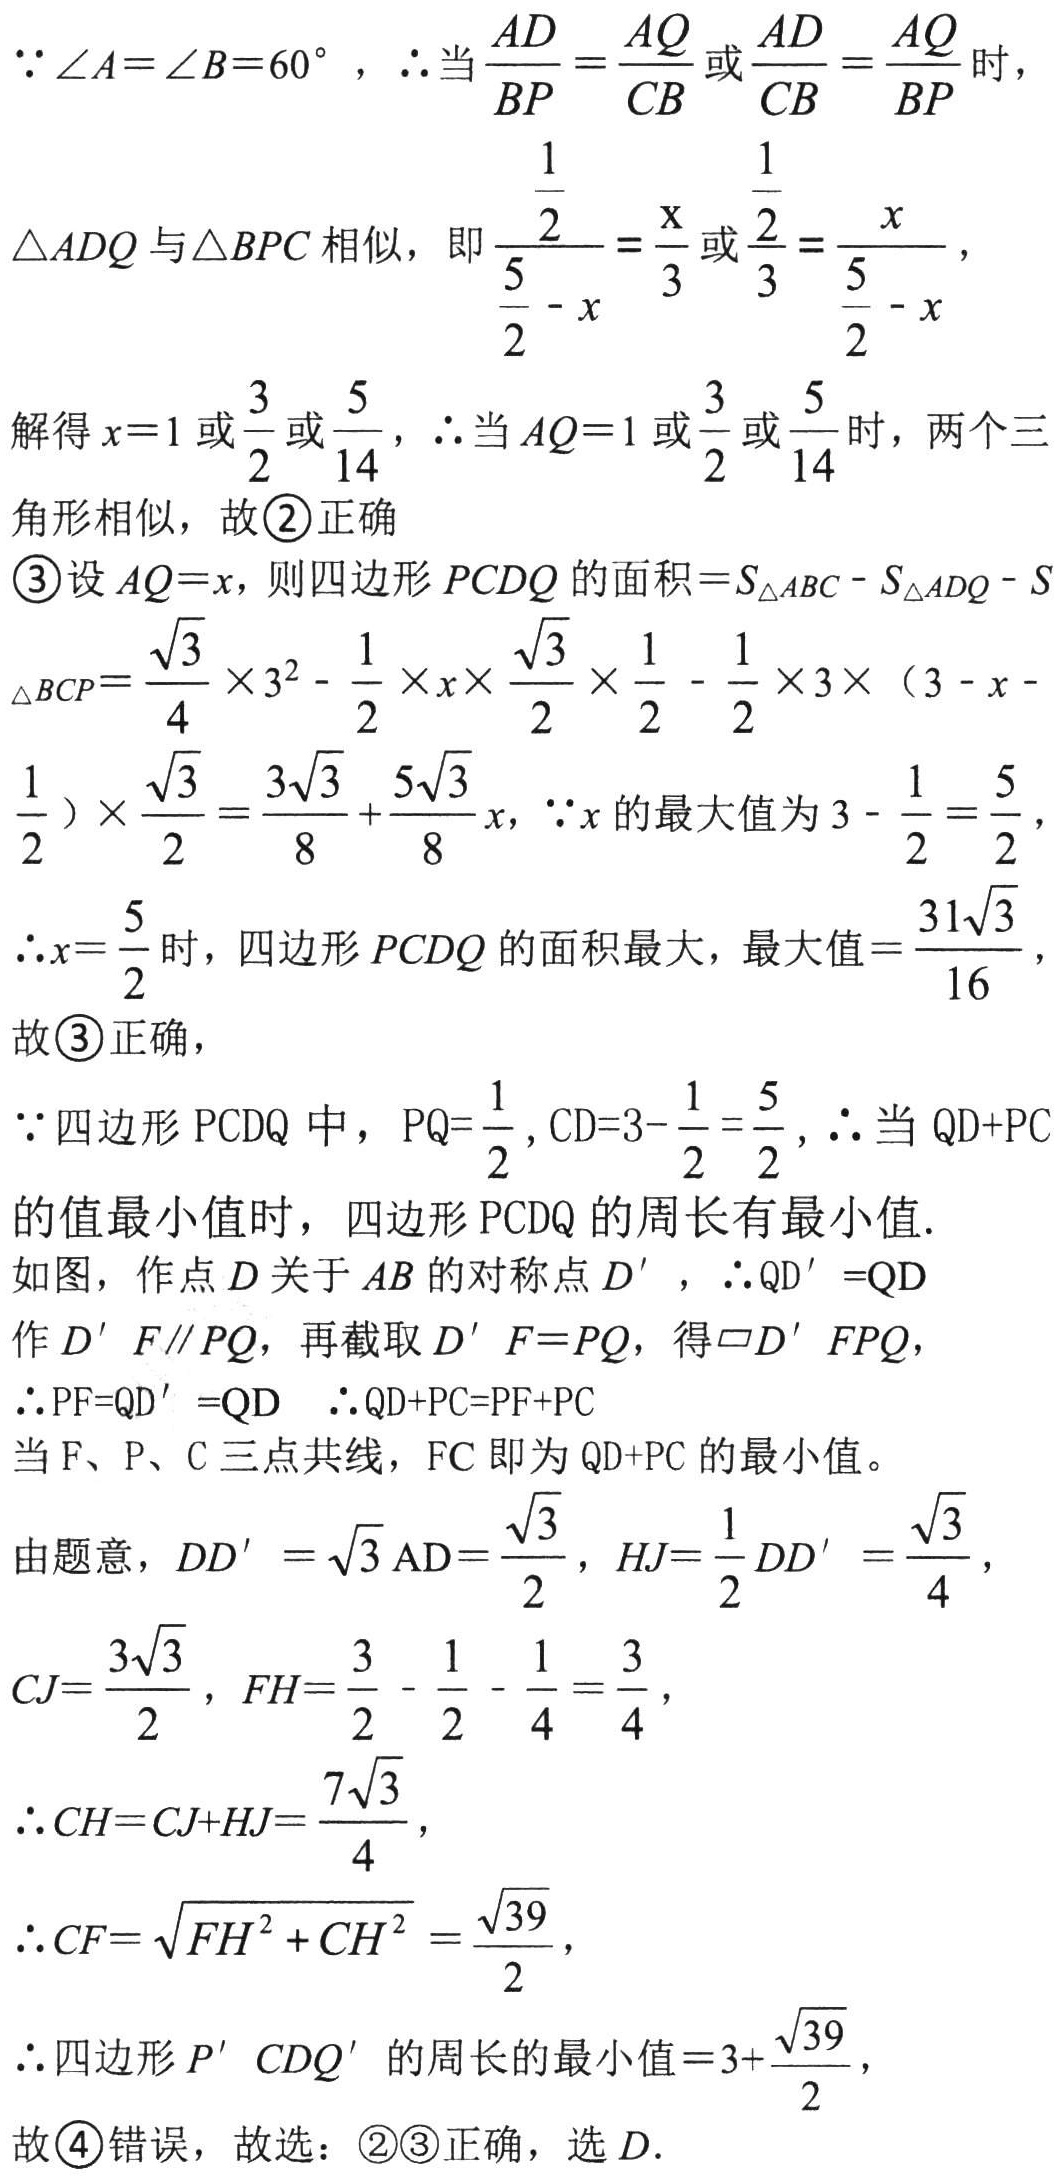
\(

\begin{align*}

&\because\angle A = \angle B = 60^{\circ},\ \therefore\text{当}\frac{AD}{BP}=\frac{AQ}{CB}\text{或}\frac{AD}{CB}=\frac{AQ}{BP}\text{时},\\

&\triangle ADQ\text{与}\triangle BPC\text{相似，即}\frac{\frac{1}{2}}{\frac{5}{2}-x}=\frac{x}{3}\text{或}\frac{\frac{1}{2}}{3}=\frac{x}{\frac{5}{2}-x},\\

&\text{解得}x = 1\text{或}\frac{3}{2}\text{或}\frac{5}{14},\ \therefore\text{当}AQ = 1\text{或}\frac{3}{2}\text{或}\frac{5}{14}\text{时，两个三}\\

&\text{角形相似，故}\textcircled{2}\text{正确}\\

&\textcircled{3}\text{设}AQ = x\text{，则四边形}PCDQ\text{的面积}=S_{\triangle ABC}-S_{\triangle ADQ}-S_{\triangle BCP}\\

&=\frac{\sqrt{3}}{4}\times3^{2}-\frac{1}{2}\times x\times\frac{\sqrt{3}}{2}\times\frac{1}{2}-\frac{1}{2}\times3\times(3 - x-\frac{1}{2})\times\frac{\sqrt{3}}{2}=\frac{3\sqrt{3}}{8}+\frac{5\sqrt{3}}{8}x,\ \because x\text{的最大值为}3-\frac{1}{2}=\frac{5}{2},\\

&\therefore x=\frac{5}{2}\text{时，四边形}PCDQ\text{的面积最大，最大值}=\frac{31\sqrt{3}}{16},\\

&\text{故}\textcircled{3}\text{正确，}\\

&\because\text{四边形}PCDQ\text{中，}PQ = \frac{1}{2},CD = 3-\frac{1}{2}=\frac{5}{2},\ \therefore\text{当}QD + PC\\

&\text{的值最小值时，四边形}PCDQ\text{的周长有最小值.}\\

&\text{如图，作点}D\text{关于}AB\text{的对称点}D'\text{，}\therefore QD'= QD\\

&\text{作}D'F\parallel PQ\text{，再截取}D'F = PQ\text{，得}\parallelogram D'FPQ,\\

&\therefore PF = QD'= QD\ \ \therefore QD + PC = PF + PC\\

&\text{当}F、P、C\text{三点共线，}FC\text{即为}QD + PC\text{的最小值。}\\

&\text{由题意，}DD'=\sqrt{3}AD=\frac{\sqrt{3}}{2},HJ=\frac{1}{2}DD'=\frac{\sqrt{3}}{4},\\

&C J=\frac{3\sqrt{3}}{2},FH=\frac{3}{2}-\frac{1}{2}-\frac{1}{4}=\frac{3}{4},\\

&\therefore CH = CJ + HJ=\frac{7\sqrt{3}}{4},\\

&\therefore CF=\sqrt{FH^{2}+CH^{2}}=\frac{\sqrt{39}}{2},\\

&\therefore\text{四边形}P'CDQ'\text{的周长的最小值}=3+\frac{\sqrt{39}}{2},\\

&\text{故}\textcircled{4}\text{错误，故选：}\textcircled{2}\textcircled{3}\text{正确，选}D.

\end{align*}

\)